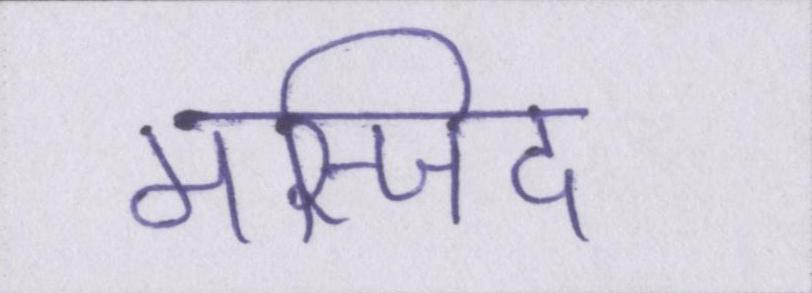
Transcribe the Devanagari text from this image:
मस्जिद